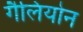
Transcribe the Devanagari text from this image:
गैलियोन